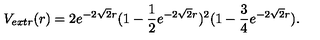
V _ { e x t r } ( r ) = 2 e ^ { - 2 \sqrt 2 r } ( 1 - { \frac { 1 } { 2 } } e ^ { - 2 \sqrt 2 r } ) ^ { 2 } ( 1 - { \frac { 3 } { 4 } } e ^ { - 2 \sqrt 2 r } ) .